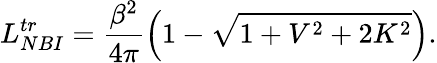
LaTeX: L_{NBI}^{tr}=\frac{\beta^{2}}{4\pi}\left(1-\sqrt{1+V^{2}+2K^{2}}\right).